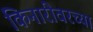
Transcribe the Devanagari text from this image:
किनारीवरच्या